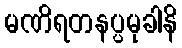
မဏိရတနပ္ပမုခါနိ